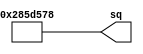
module square(sq);

output  [31:0] sq;

parameter [31:0] in = 32'b10000001010000101110101010111100;

assign sq = in << 1;

endmodule